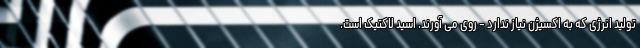
تولید انرژی که به اکسیژن نیاز ندارد - روی می آورند. اسید لاکتیک است.